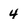
Character: 4